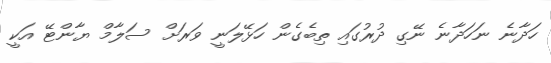
ހަދާނެ ނަހަދާނެ ނޭގި ދުރުގައި ތިބެގެން ހަޅޭލަނީ ވަރަށް ސަލާމް ޔާންޓޭ އަކީ